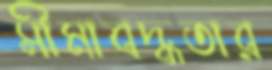
সীমাবদ্ধতার